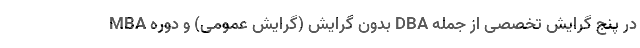
MBA بدون گرایش (گرایش عمومی) و دوره DBA در پنج گرایش تخصصی از جمله